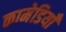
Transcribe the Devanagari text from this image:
कामेडियाँ